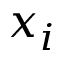
x _ { i }